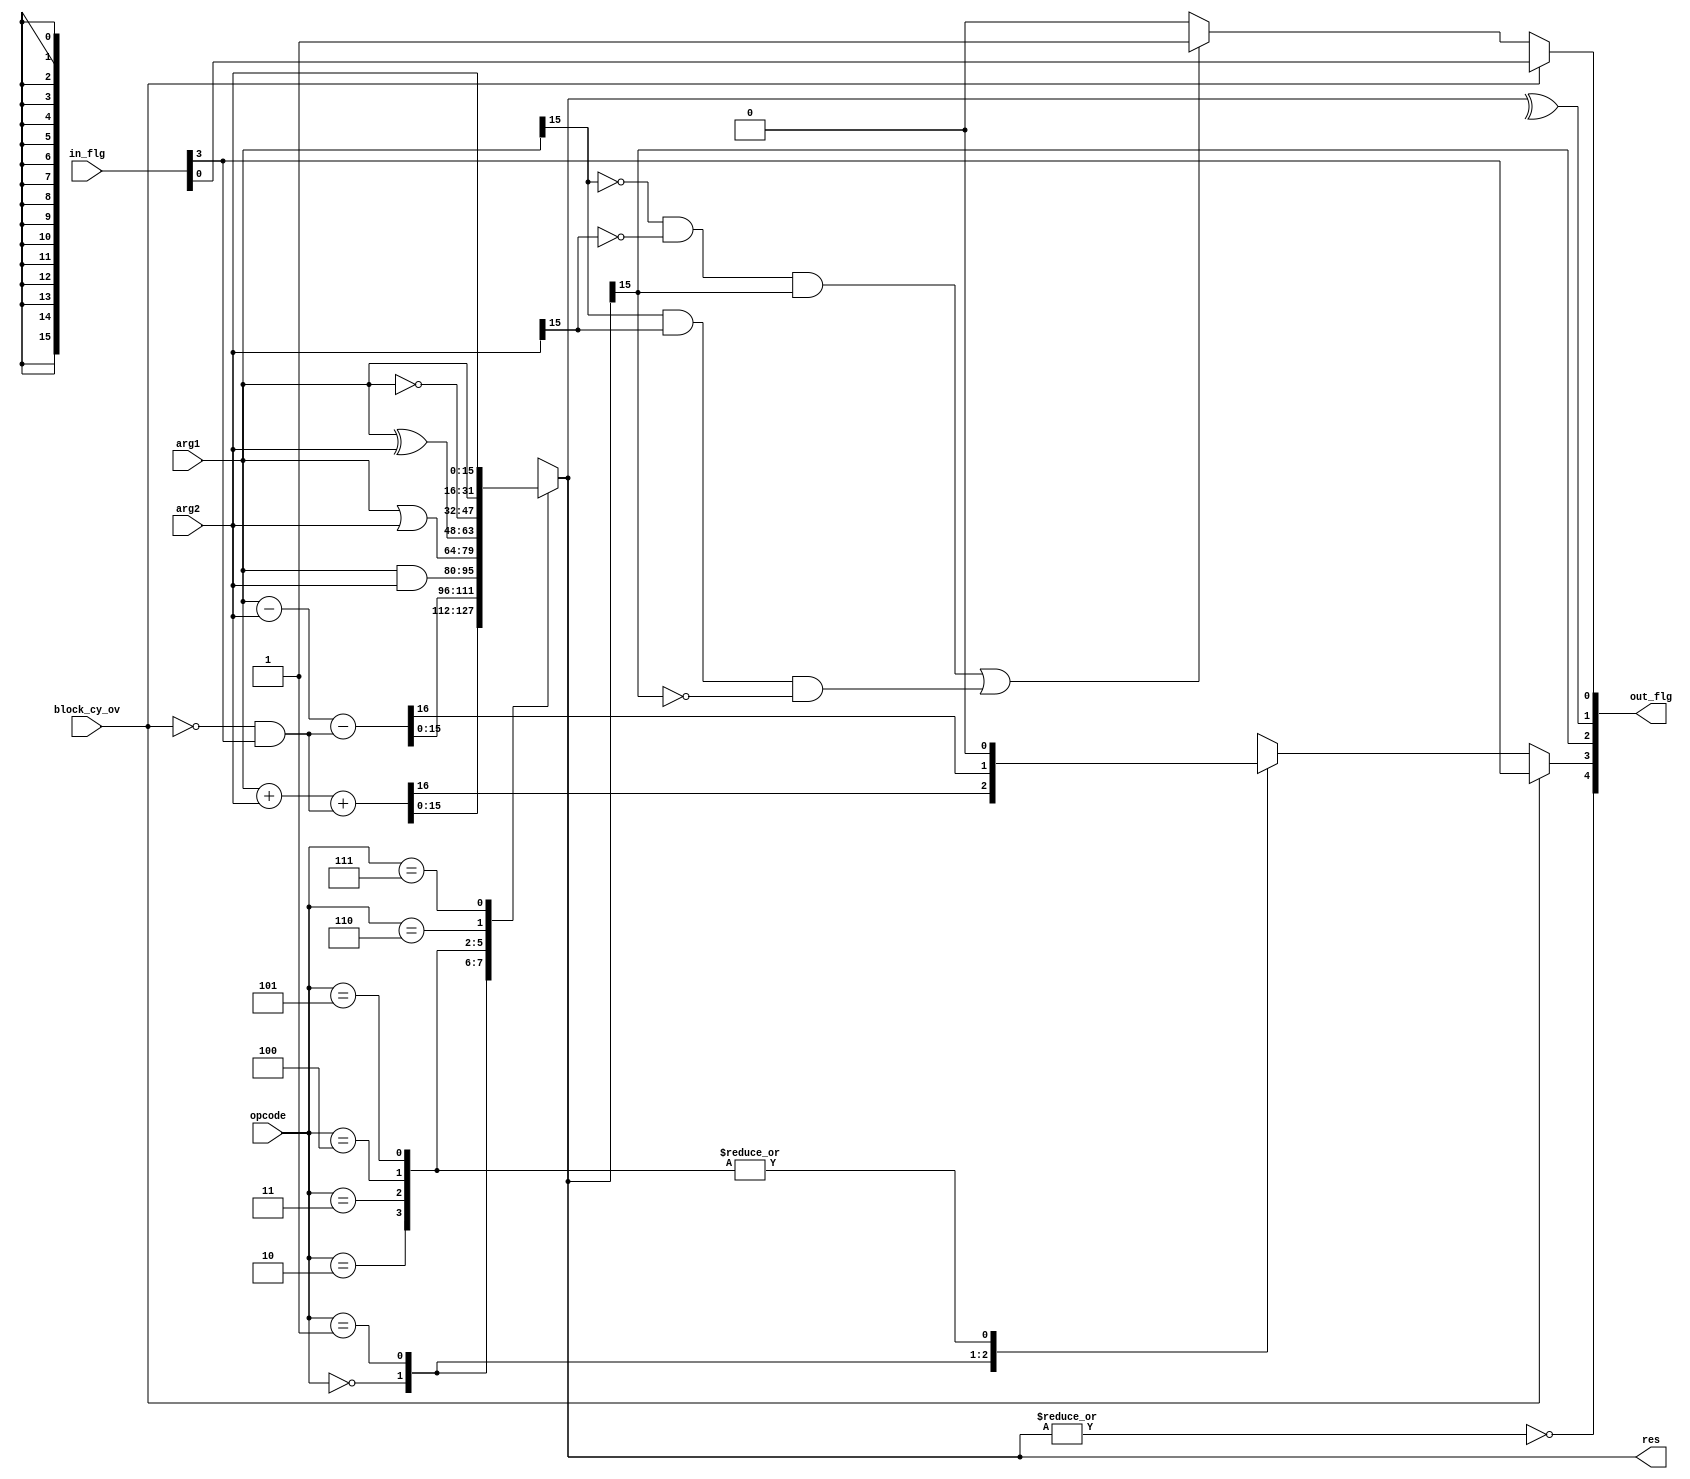
`timescale 1ns / 1ps
//////////////////////////////////////////////////////////////////////////////////
// Prosta jednostka arytmetyczno logincza
//////////////////////////////////////////////////////////////////////////////////


module alu(
        input [2:0] opcode,
        input [15:0] arg1,
        input [15:0] arg2,
        input  [4:0] in_flg,
        input block_cy_ov,
        output [4:0] out_flg,
        output reg [15:0] res
    );
    
wire Z;
reg CY;
wire S;
wire P;
wire OV;

wire Z_in, CY_in, S_in, P_in, OV_in;
assign {Z_in, CY_in, S_in, P_in, OV_in} = in_flg;

    
always @(*)
    begin
        case(opcode) //Sprawd jak operacj wykona
        3'b000: begin
            {CY, res} = arg1 + arg2 + (~block_cy_ov & CY_in); //Dodawanie + wypracowanie flagi cary
        end
        3'b001: begin
            {CY, res} = arg1 - arg2 - (~block_cy_ov & CY_in); //Odejmowanie + wypracowanie flagi cary
        end
        3'b010: begin
            res = arg1 & arg2; //AND
            CY = 1'b0;
        end
        3'b011: begin
            res = arg1 | arg2; //OR
            CY = 1'b0;
        end
        3'b100: begin
            res = arg1 ^ arg2; //XOR
            CY = 1'b0;
        end
        3'b101: begin
            res = ~arg1; //NEGACJA
            CY = 1'b0;
        end
        3'b110: begin
            res = arg1; //Przepisanie operandu 1
            CY = 1'bx;
        end
        3'b111: begin
            res = arg2; //Przepisanie operandu 2
            CY = 1'bx;
        end
        default: begin
        res = arg2;
        CY = 1'bx;
        end
        endcase
    end

assign Z = ~|res; //Wypracowanie flagi 0
assign S = res[15]; //Wypracowanie flagi znaku
assign P = ^res; //Wypracowanie bitu parzystoci
assign OV = ((arg1[15] == 1'b0 && arg2[15] == 1'b0 && res[15] == 1'b1) || (arg1[15] == 1'b1 && arg2[15] == 1'b1 && res[15] == 1'b0)) ? 1'b1 : 1'b0; //Wypracowanie flagi przepenienia  
assign out_flg = {Z, block_cy_ov ? CY_in : CY, S, P, block_cy_ov ? OV_in : OV}; //Konkatenacja flag do magistrali wyjciowej
 
endmodule